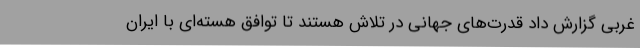
غربی گزارش داد قدرت‌های جهانی در تلاش هستند تا توافق هسته‌ای با ایران